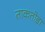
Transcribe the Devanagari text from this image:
ताकतोडा